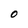
Character: 0